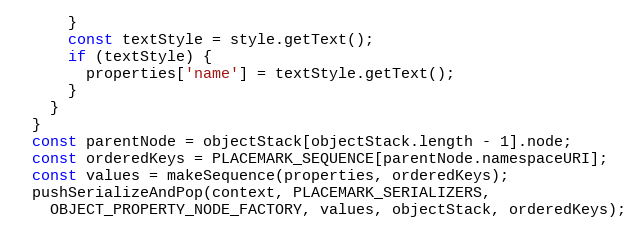
Language: JavaScript
      }
      const textStyle = style.getText();
      if (textStyle) {
        properties['name'] = textStyle.getText();
      }
    }
  }
  const parentNode = objectStack[objectStack.length - 1].node;
  const orderedKeys = PLACEMARK_SEQUENCE[parentNode.namespaceURI];
  const values = makeSequence(properties, orderedKeys);
  pushSerializeAndPop(context, PLACEMARK_SERIALIZERS,
    OBJECT_PROPERTY_NODE_FACTORY, values, objectStack, orderedKeys);